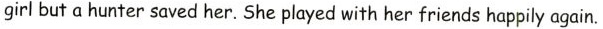
girl but a hunter saved her. She played with her friends happily again.